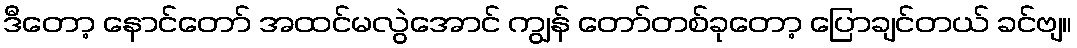
ဒီတော့ နောင်တော် အထင်မလွဲအောင် ကျွန် တော်တစ်ခုတော့ ပြောချင်တယ် ခင်ဗျ။